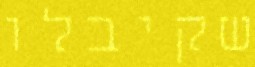
שקיבלו